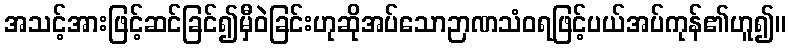
အသင့်အားဖြင့်ဆင်ခြင်၍မှီဝဲခြင်းဟုဆိုအပ်သောဉာဏသံဝရဖြင့်ပယ်အပ်ကုန်၏ဟူ၍။